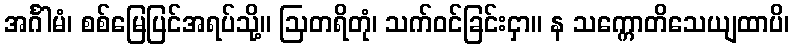
အင်္ဂါမံ၊ စစ်မြေပြင်အရပ်သို့။ ဩတရိတုံ၊ သက်ဝင်ခြင်းငှာ။ န သက္ကောတိသေယျထာပိ၊